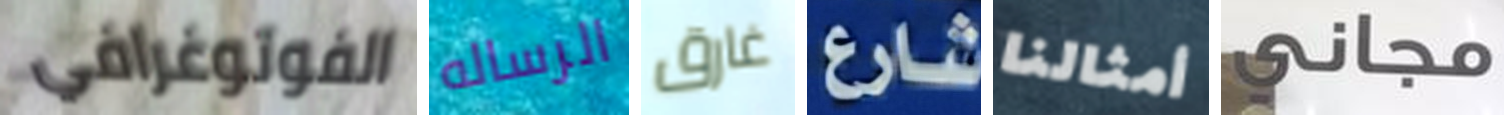
الفوتوغرافي الرساله غارق شارع أمثالنا مجاني